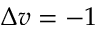
\Delta v = - 1